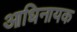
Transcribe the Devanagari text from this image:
आधिनायक